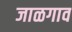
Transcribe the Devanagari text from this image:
जाळगाव